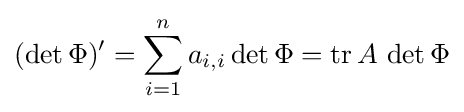
(\det \Phi )'=\sum _{i=1}^{n}a_{i,i}\det \Phi =\mathrm {tr} \,A\,\det \Phi